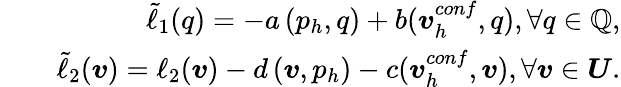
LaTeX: \begin{array}{rlr}&{}&{\tilde{\ell}_{1}({q})=-a\left({p}_{h},{q}\right)+b(\boldsymbol{v}_{h}^{conf},{q}),\forall q\in\mathbb{Q},}\\ &{}&{\tilde{\ell}_{2}(\boldsymbol{v})=\ell_{2}(\boldsymbol{v})-d\left(\boldsymbol{v},{p}_{h}\right)-c(\boldsymbol{v}_{h}^{conf},\boldsymbol{v}),\forall\boldsymbol{v}\in\boldsymbol{U}.}\end{array}